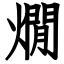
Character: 燗